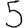
Digit: 5